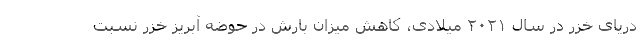
دریای خزر در سال ۲۰۲۱ میلادی، کاهش میزان بارش در حوضه آبریز خزر نسبت